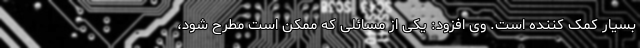
بسیار کمک کننده‌ است. وی افزود: یکی از مسائلی که ممکن است مطرح شود،